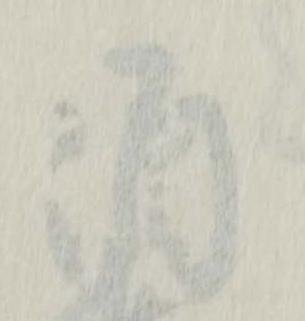
酒